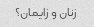
زنان و زایمان؟